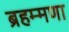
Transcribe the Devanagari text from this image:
ब्रहम्मणा